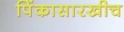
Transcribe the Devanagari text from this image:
पिंकासारखीच